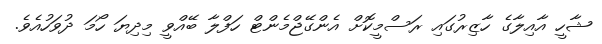
ޝާހީ އާއިލާގެ ހާޒިރުގައި ރަސްމީކޮށް އެންގޭޖްމެންޓް ހަފްލާ ބޭއްވީ މިދިޔަ ހޯމަ ދުވަހުއެވެ.